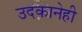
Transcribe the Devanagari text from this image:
उदकानेही